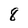
Character: 8